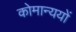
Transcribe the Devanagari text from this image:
कोमान्ययों